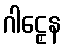
ဂါဠှေန